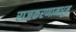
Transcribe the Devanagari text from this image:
राजकरणामधून